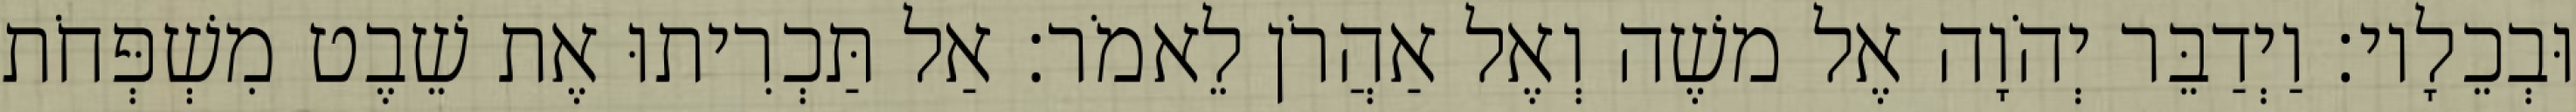
וּבְכֵלָיו׃ וַיְדַבֵּר יְהֹוָה אֶל משֶׁה וְאֶל אַהֲרֹן לֵאמֹר׃ אַל תַּכְרִיתוּ אֶת שֵׁבֶט מִשְׁפְּחֹת